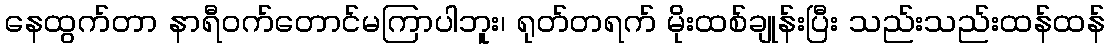
နေထွက်တာ နာရီဝက်တောင်မကြာပါဘူး၊ ရုတ်တရက် မိုးထစ်ချုန်းပြီး သည်းသည်းထန်ထန်